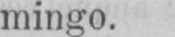
mingo.